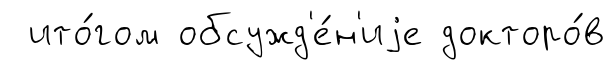
ито́гом обсужд'е́н'иjе докторо́в